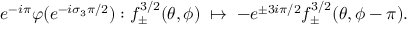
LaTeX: e ^ { - i \pi } \varphi ( e ^ { - i \sigma _ { 3 } \pi / 2 } ) : f _ { \pm } ^ { 3 / 2 } ( \theta , \phi ) \; \mapsto \; - e ^ { \pm 3 i \pi / 2 } f _ { \pm } ^ { 3 / 2 } ( \theta , \phi - \pi ) .